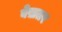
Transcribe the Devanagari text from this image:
बेख़तर